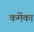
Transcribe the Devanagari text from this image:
कमेंका